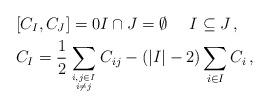
LaTeX: \begin{align*}& [C_I,C_J]=0 I \cap J =\emptyset\ \ \ \ I\subseteq J \,, \\& C_I=\frac{1}{2}\sum_{i,j\in I \atop i\neq j} C_{ij} -( |I|-2 ) \sum_{i\in I} C_i\,,\end{align*}